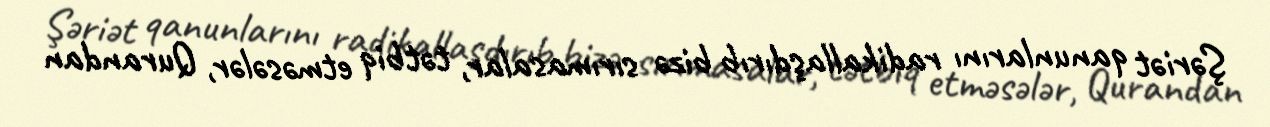
Şəriət qanunlarını radikallaşdırıb bizə sırımasalar, tətbiq etməsələr, Qurandan